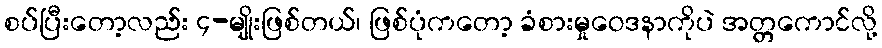
စပ်ပြီးတော့လည်း ၄-မျိုးဖြစ်တယ်၊ ဖြစ်ပုံကတော့ ခံစားမှုဝေဒနာကိုပဲ အတ္တကောင်လို့